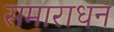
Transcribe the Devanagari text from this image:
समाराधन